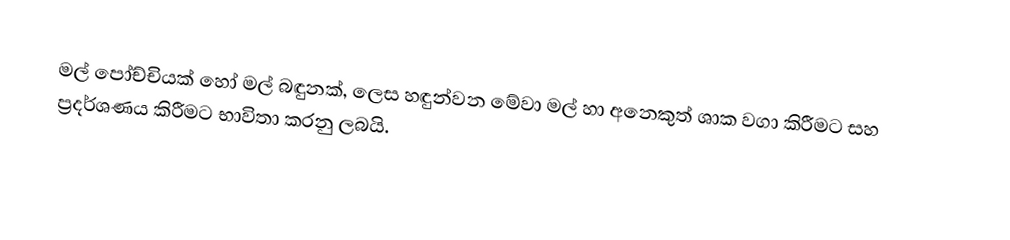
මල් පෝච්චියක් හෝ මල් බඳුනක්, ලෙස හඳුන්වන මේවා මල් හා අනෙකුත් ශාක වගා කිරීමට සහ ප්‍රදර්ශණය කිරීමට භාවිතා කරනු ලබයි.